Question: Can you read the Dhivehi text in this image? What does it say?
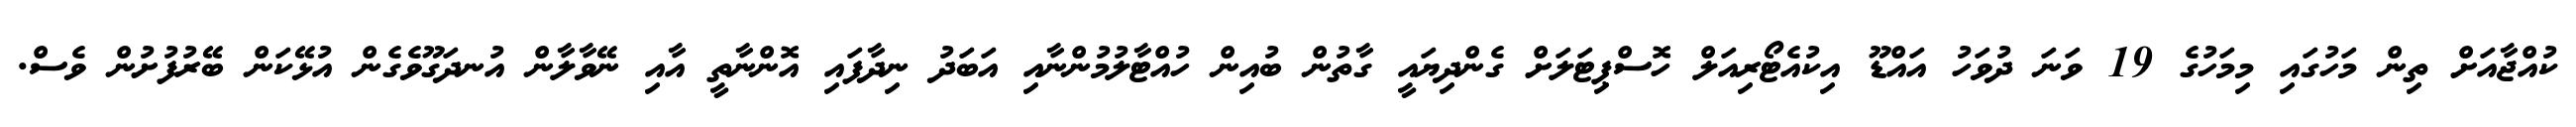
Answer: ކުއްޖާއަށް ތިން މަހުގައި މިމަހުގެ 19 ވަނަ ދުވަހު އައްޑޫ އިކުއެޓޯރިއަލް ހޮސްޕިޓަލަށް ގެންދިޔައީ ގާތުން ބުއިން ހުއްޓާލުމުންނާއި އަބަދު ނިދާފައި އޮންނާތީ އާއި ނޭވާލާން އުނދަގޫވެގެން އުޅޭކަން ބޭރުފުށުން ވެސް.